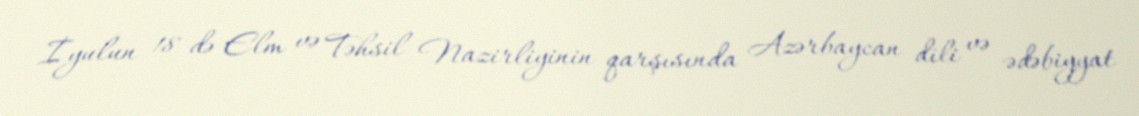
İyulun 18-də Elm və Təhsil Nazirliyinin qarşısında Azərbaycan dili və ədəbiyyat